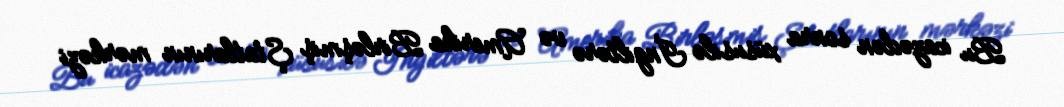
Bu icazədən sonra xüsusilə İngiltərə və Amerika Birləşmiş Ştatlarının mərkəzi